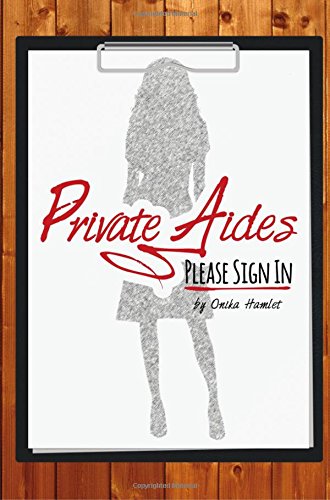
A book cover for Private Aides Please Sign In; Onika Hamlet; Parenting & Relationships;